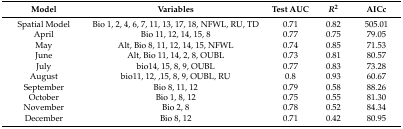
| Model | Variables | Test AUC | R2 | AICc |
 | --- | --- | --- | --- | --- |
 | Spatial Model | Bio 1, 2, 4, 6, 7, 11, 13, 17, 18, NFWL, RU, TD | 0.71 | 0.82 | 505.01 |
 | April | Bio 11, 12, 14, 15, 8 | 0.77 | 0.75 | 79.05 |
 | May | Alt, Bio 8, 11, 12, 14, 15, NFWL | 0.74 | 0.85 | 71.53 |
 | June | Alt, Bio 11, 14, 2, 8, OUBL | 0.73 | 0.81 | 80.57 |
 | July | bio14, 15, 8, 9, OUBL | 0.77 | 0.83 | 73.28 |
 | August | bio11, 12, ,15, 8, 9, OUBL, RU | 0.8 | 0.93 | 60.67 |
 | September | Bio 8, 11, 12 | 0.79 | 0.58 | 88.26 |
 | October | Bio 1, 8, 12 | 0.75 | 0.55 | 81.30 |
 | November | Bio 2, 8 | 0.78 | 0.52 | 84.34 |
 | December | Bio 8, 12 | 0.71 | 0.42 | 80.95 |